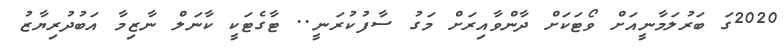
2020ގަ ބަރުލަމާނީއަށް ވޯޓަކަށް ދާންވާއިރަށް މަގު ސާފުކުރަނީ.. ޓާގެޓަކީ ކާނަލް ނާޒިމާ އަބުދުރިޔާޒު